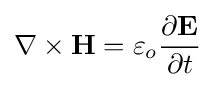
\nabla \times \mathbf {H} =\varepsilon _{o}{\frac {\partial \mathbf {E} }{\partial t}}